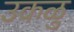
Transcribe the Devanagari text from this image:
उकळु